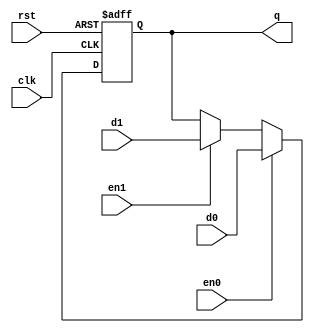
`timescale 1ns / 1ps
//////////////////////////////////////////////////////////////////////////////////
// Company: ITESO 
//////////////////////////////////////////////////////////////////////////////////
module FF_D_2enable(
    input clk,
    input rst,
    input en0,
	 input en1,
    input d0,
	 input d1,
    output reg q
    );
always @(posedge rst, posedge clk) // asychronous reset
    begin
        if(rst)
            q <= 1'b1;
        else
            if(en0)
                q <= d0;
            else if (en1)
				    q <= d1;
				else
                q <= q;
end
endmodule